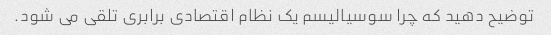
توضیح دهید که چرا سوسیالیسم یک نظام اقتصادی برابری تلقی می شود.